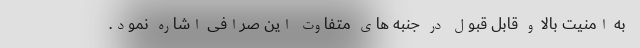
به امنیت بالا و قابل قبول در جنبه های متفاوت این صرافی اشاره نمود.